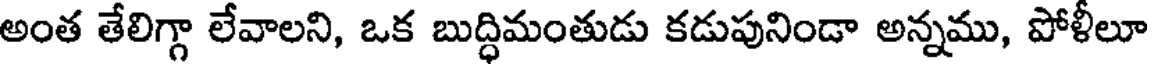
అంత తేలిగ్గా లేవాలని, ఒక బుద్ధిమంతుడు కడుపునిండా అన్నము, పోళీలూ